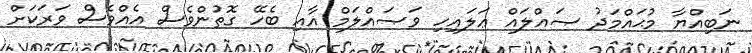
ނަބިއްޔާ މުޙައްމަދު ޞައްލައް ޢަލައިހި ވަޞައްލަމް އާއި ބެހޭ ގޮތުންވެސް އެއްވެސް ވަރަކަށް